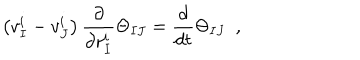
\left( v _ { I } ^ { i } - v _ { J } ^ { i } \right) { \frac { \partial } { \partial r _ { I } ^ { i } } } \Theta _ { I J } = { \frac { d } { d t } } \Theta _ { I J } \ \ ,